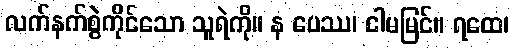
လက်နက်စွဲကိုင်သော သူရဲကို။ န ပေဿ၊ ငါမမြင်။ ရထေ၊